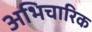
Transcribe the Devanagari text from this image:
अभिचारिक